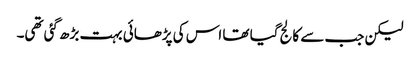
لیکن جب سے کالج گیا تھا اس کی پڑھائی بہت بڑھ گئی تھی۔